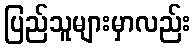
ပြည်သူများမှာလည်း